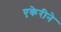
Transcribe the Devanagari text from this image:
एकेरीने